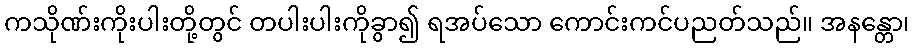
ကသိုဏ်းကိုးပါးတို့တွင် တပါးပါးကိုခွာ၍ ရအပ်သော ကောင်းကင်ပညတ်သည်။ အနန္တော၊